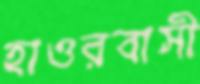
হাওরবাসী